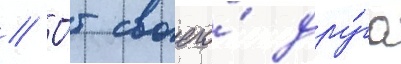
// О́т своего́ дру́га